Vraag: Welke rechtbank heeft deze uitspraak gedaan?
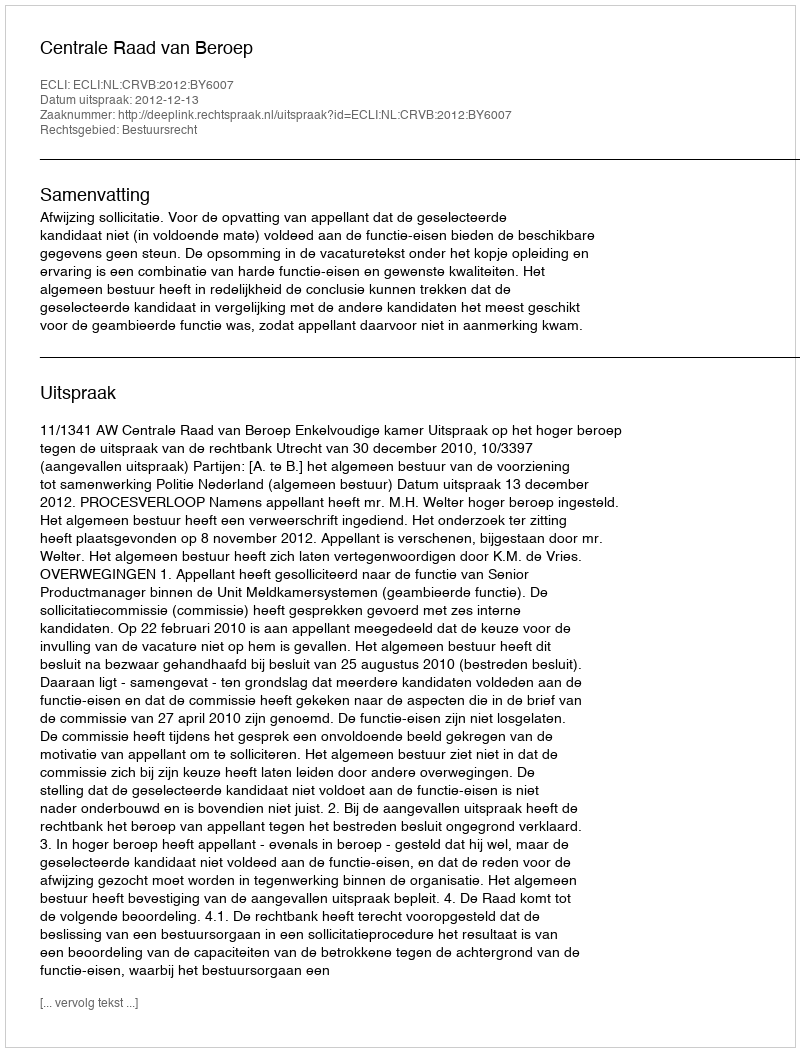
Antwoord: Centrale Raad van Beroep